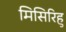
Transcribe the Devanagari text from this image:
मिसिरिहु